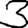
Digit: 3